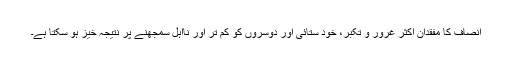
انصاف کا مفقدان اکثر غرور و تکبر، خود ستائی اور دوسروں کو کم تر اور نااہل سمجھنے پر نتیجہ خیز ہو سکتا ہے۔